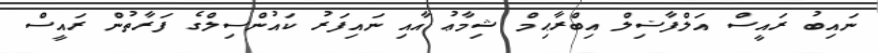
ނައިބު ރައީސް އަލްފާޟިލް އިބްރާޙިމް ޝިމާޢު އާއި ނައިފަރު ކައުންސިލްގެ ފަރާތުން ރައީސް